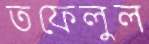
তফেলুল